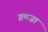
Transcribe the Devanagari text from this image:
ग़मज़ा